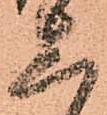
上